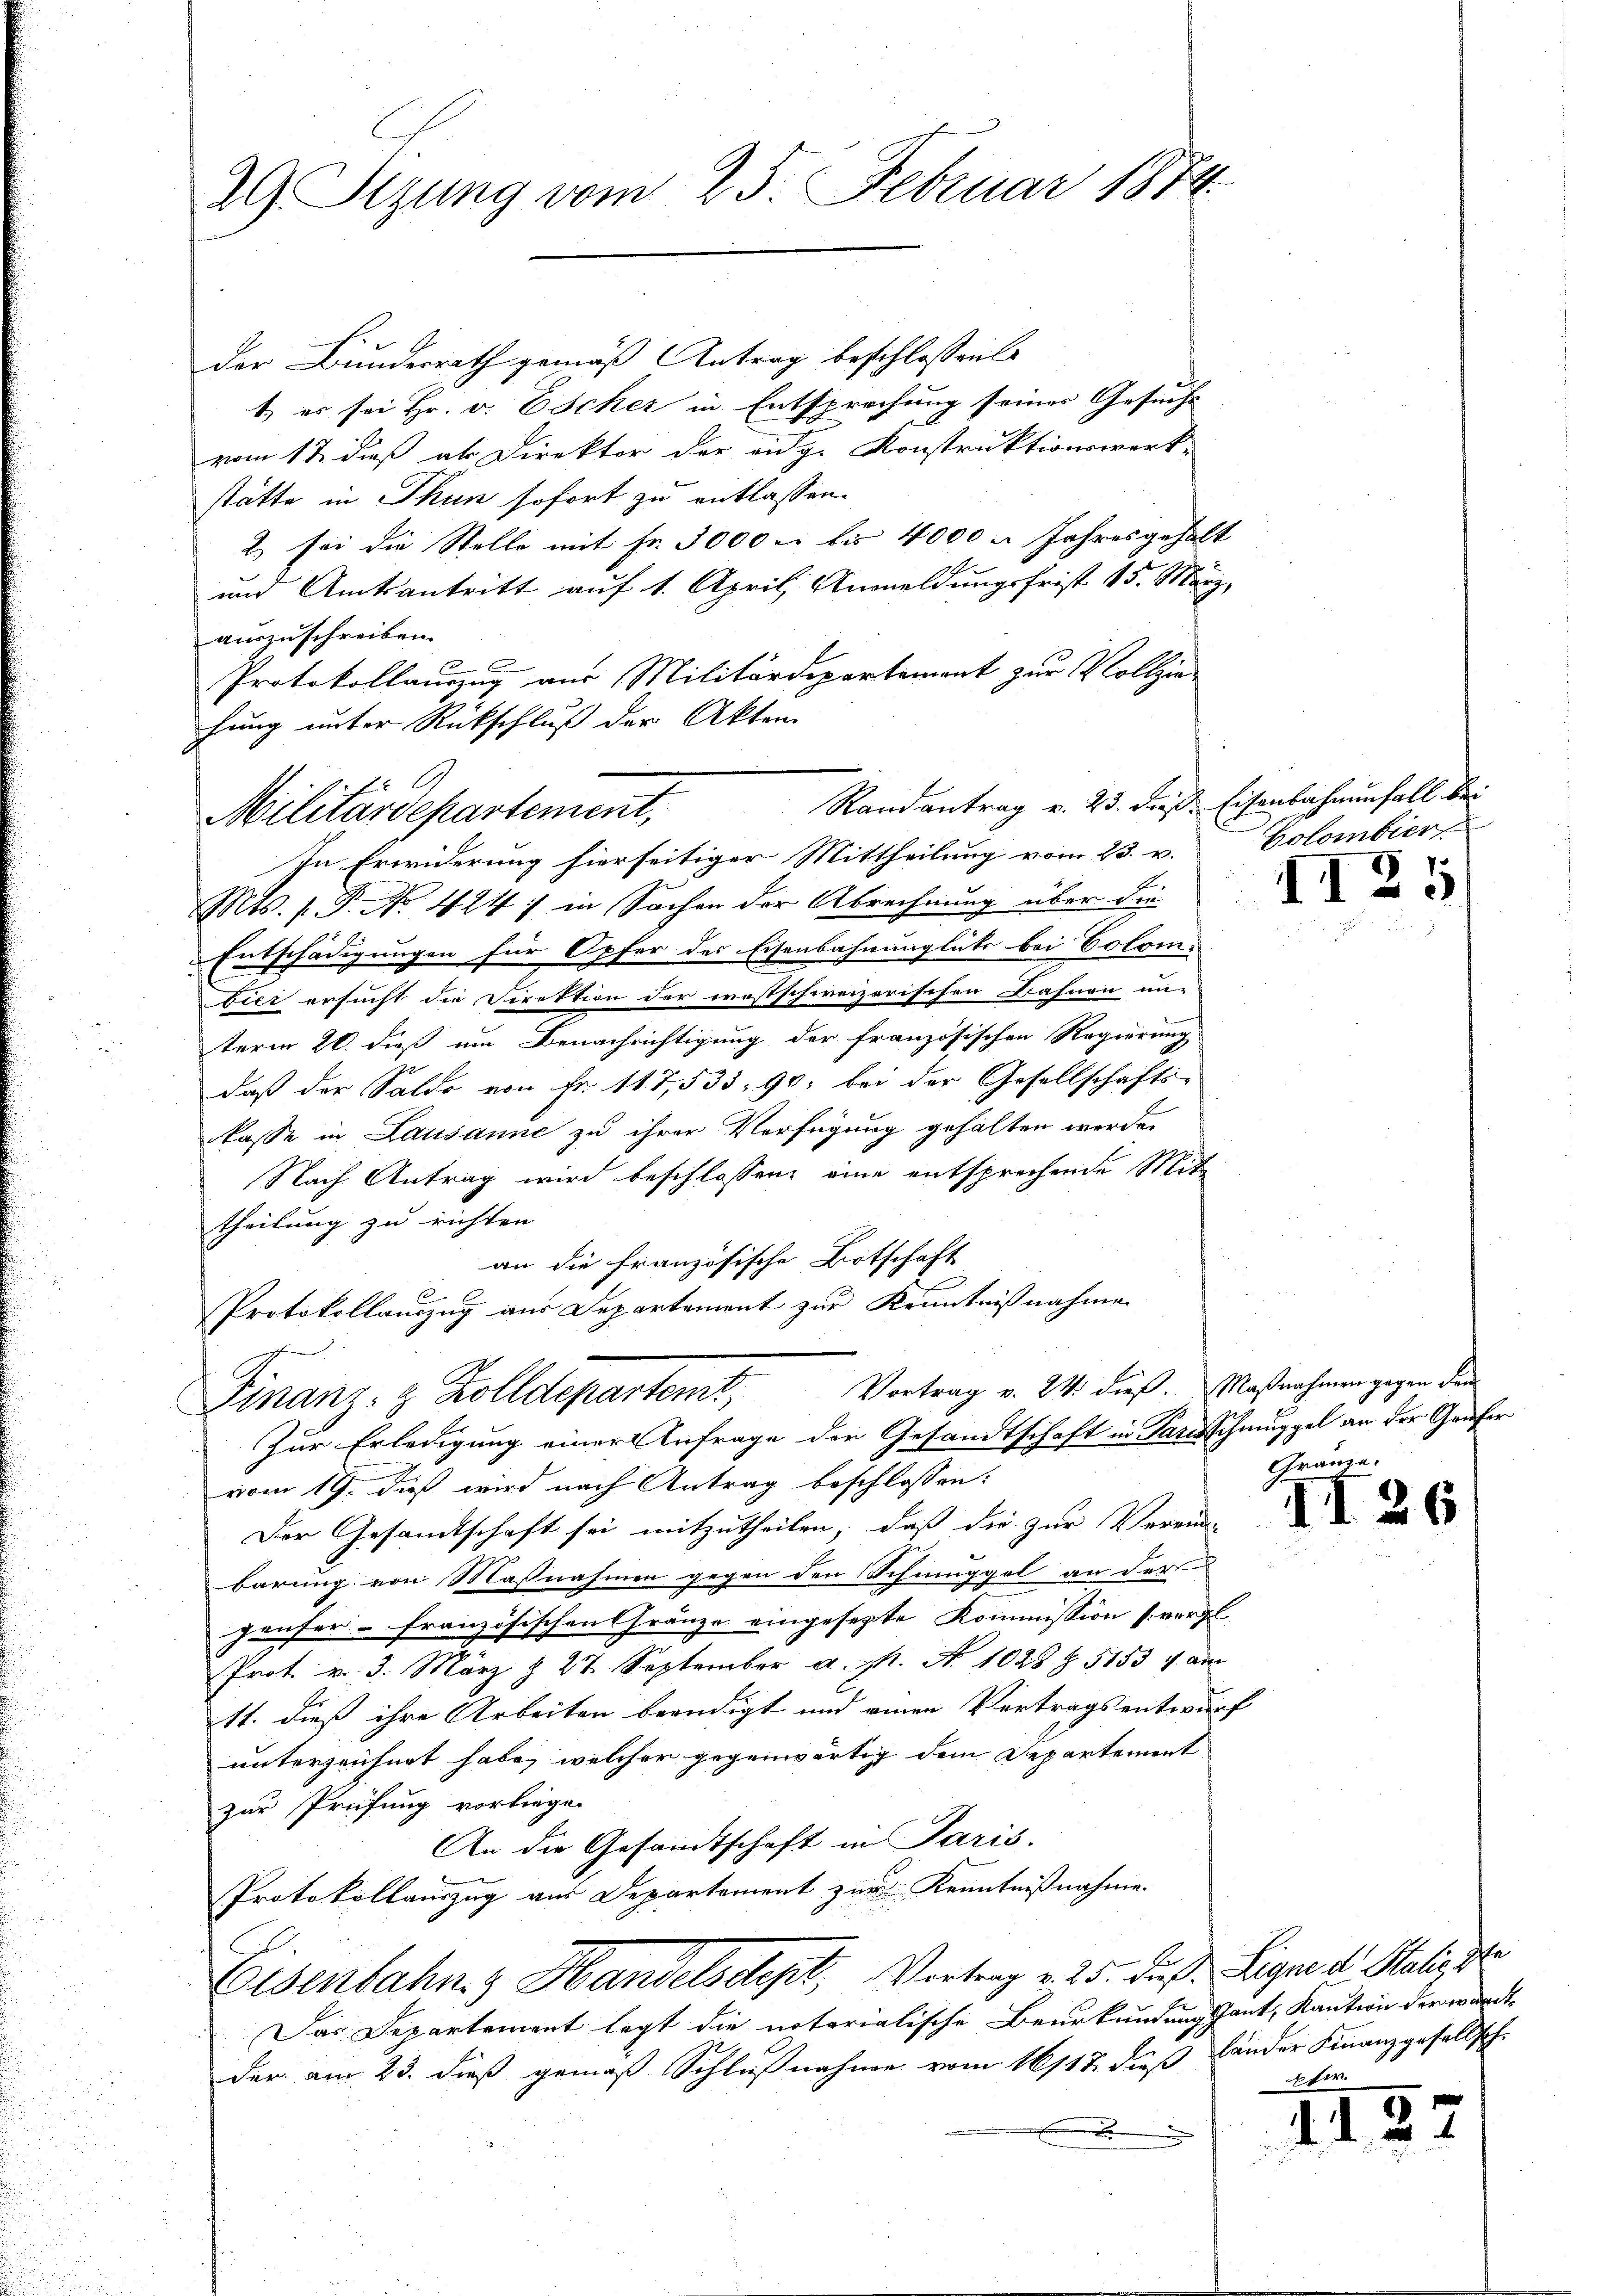
29. Sizung vom 25. Februar 1874

der Bundesrath gemäß Antrag beschlossen
1) er sei Hr. v. Escher in Entsprechung seiner Gesucht
vom 12. dieß ab Direktor der eidg. Konstruktionswerk-
stätte in Thun sofort zu entlassen.
2) sei die Stelle mit Fr. 3000 u. bis 4000 u. Jahresgehalt

und Amtsantritt auf 1. April, Anmeldungsfrist 15. März,
ainzuschreiben.
Protokollauszug aus Militärdepartement zur Vollziehung unter Rückschluß der Akten
In Erwiderung hierseitiger Mittheilung vom 23. v. Colombier
Mts. s. S. No 424: in Sachen der Abrechnung über die
Entschädigungen für Opfer des Eisenbahnunglücks bei Colom
bier ersucht die Direktion der westschweizerischen Nähnen nur
term 20. dieß um Benachrichtigung der französischen Regierung
daß der Saldo von Fr. 117,533, 90, bei der Gesellschaftskasse in Lausanne zu ihrer Verfügung gehalten werde.
Nach Antrag wird beschlossen eine entsprechende Mittheilung zu richten
an die Französische Botschaft
6
Protokollauszug aus Departement zur Kenntnißnahme
Vortrag v. 24. dieß. Maßnahmen gegen dan
Finanz- & Zolldepartamt,
Zur Erledigung einer Anfrage der Gesandtschaft in Partschmüppel an der Grafer
vom 19. dieß wird nach Antrag beschlossen:
Der Gesamtschaft sei mitzutheilen, daß die zur Verrun-
barung von Massnahmen gegen den Schmuggel an der
genfer-Französischen Gränze eingesezte Kommission (vergl.
Prot. v. 3. März & 27. September a. p. N. 1028 § 51531 an
11. dieß ihre Arbeiten beendigt und einen Vertragsentwurf
unterzeichnet habe, welcher gegenwärtig dem Departement
zur Prüfung vorliege.
An die Gesandtschaft in Paris.
Protokollauszug aus Departement zur Kenntnißnahme
E
Eisenbahn. Handelsdept, Vortrag v. 25. Fuß. Sign d Heligst
Das Departement legt die notarialische Beurkundungsant, Kanton der wandte
der am 23. dieß gemäß Schlußnahme vom 16117. dieß lander Finanzgesellsch.
E

Militärdepartement, Randantrag v. 23. dieß, Eisenbahnenfall bei

II25

Gränze.

II 26

.

pter.